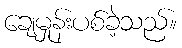
ချေမှုန်းပစ်ခဲ့သည်။